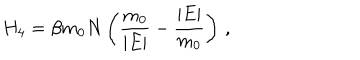
H _ { 4 } = \beta m _ { 0 } N \left( \frac { m _ { 0 } } { \vert E \vert } - \frac { \vert E \vert } { m _ { 0 } } \right) \, ,